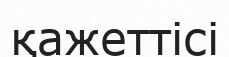
қажеттісі